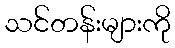
သင်တန်းများကို